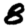
Digit: 8